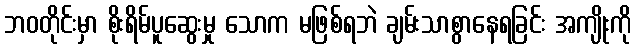
ဘဝတိုင်းမှာ စိုးရိမ်ပူဆွေးမှု သောက မဖြစ်ရဘဲ ချမ်းသာစွာနေရခြင်း အကျိုးကို